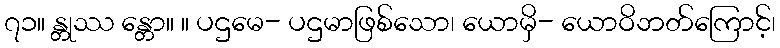
၇၁။ န္တုဿ န္တော။ ။ ပဌမေ- ပဌမာဖြစ်သော၊ ယောမှိ- ယောဝိဘတ်ကြောင့်၊